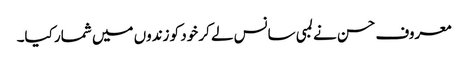
معروف حسن نے لمبی سانس لے کر خود کو زندوں میں شمار کیا۔